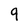
Character: 9